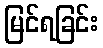
မြင်ရခြင်း